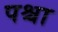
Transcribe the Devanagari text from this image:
पश्चा